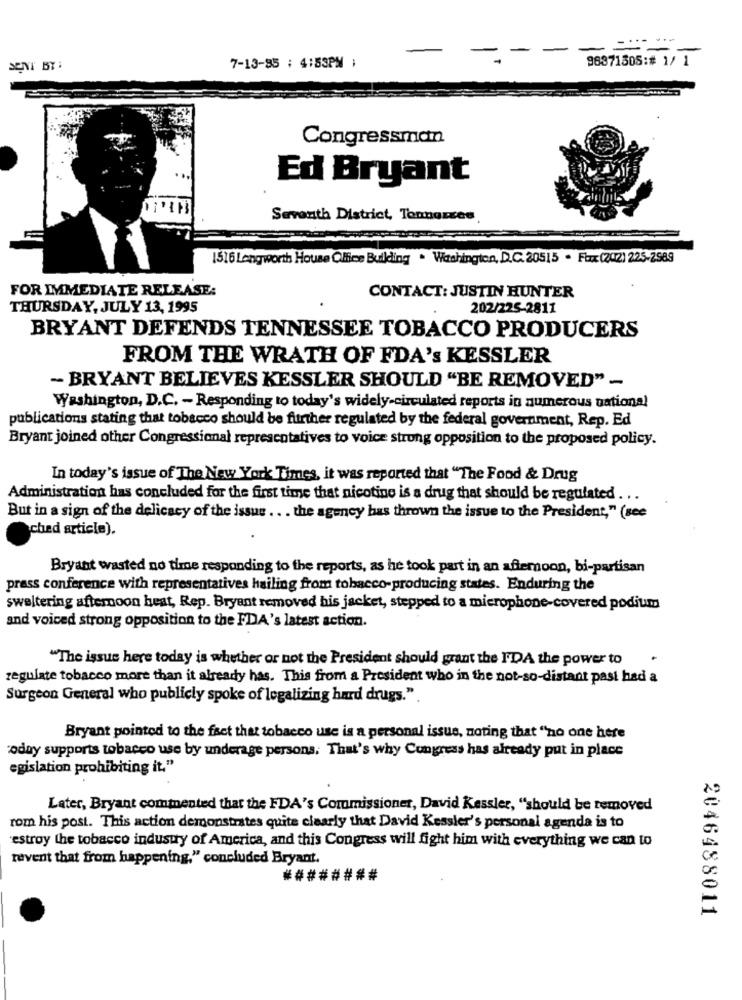
-
-
-
-
98871505:# 1/ 1
SENT BY:
7-13-85 : 4:53PM 1
Congressman
Ed Bryant
Seventh District, Tennessee
1516 Lengworth House Office Building . Washington, D.C.20515 · Fax (202) 225-2589
FOR IMMEDIATE RELEASE:
CONTACT: JUSTIN HUNTER
THURSDAY, JULY 13, 1995
202/225-2811
BRYANT DEFENDS TENNESSEE TOBACCO PRODUCERS
FROM THE WRATH OF FDA's KESSLER
- BRYANT BELIEVES KESSLER SHOULD "BE REMOVED" -
Washington, D.C. - Responding to today's widely-circulated reports in numerous national
publications stating that tobacco should be further regulated by the federal government, Rep. Ed
Bryant joined other Congressional representatives to voice strong opposition to the proposed policy.
In today's issue of The New York Times, it was reported that "The Food & Drug
Administration has concluded for the first time that nicotine is a drug that should be regulated ...
But in a sign of the delicacy of the issue . . . the agency has thrown the issue to the President," (see
ched article).
Bryant wasted no time responding to the reports, as he took part in an afternoon, bi-partisan
press conference with representatives hailing from tobacco-producing states. Enduring the
sweltering afternoon heat, Rep. Bryant removed his jacket, stepped to a microphone-covered podium
and voiced strong opposition to the FDA's latest action.
"The issue here today is whether or not the President should grant the F'DA the power to
regulate tobacco more than it already has. This from a President who in the not-so-distant past had a
Surgeon General who publicly spoke of legalizing hard drugs.".
Bryant pointed to the fact that tobacco use is a personal issue, noting that "no one here
"oday supports tobacco use by underage persons. That's why Congress has already put in place
egislation prohibiting it."
Later, Bryant commented that the FDA's Commissioner, David Kessler, "should be removed
rom his post. This action demonstrates quite clearly that David Kessler's personal agenda is to
estroy the tobacco industry of America, and this Congress will fight him with everything we can to
revent that from happening," concluded Bryant.
########
2046488011